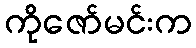
ကိုဇော်မင်းက